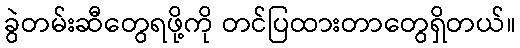
ခွဲတမ်းဆီတွေရဖို့ကို တင်ပြထားတာတွေရှိတယ်။